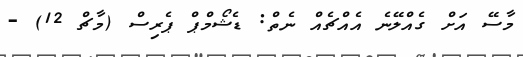
މާސޭ އަށް ގެއްލޭނެ އެއްޗެއް ނެތް: ޑެޝޯމްޕް ޕެރިސް (މާޗް 12) -